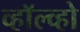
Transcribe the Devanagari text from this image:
व्हॉल्व्हो